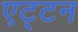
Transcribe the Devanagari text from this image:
एट्टन